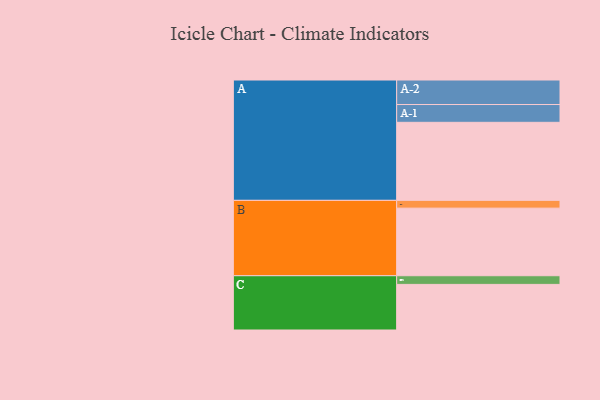
{"axis": {"x": "Segment", "y": "Value"}, "legend": ["", "A", "B", "C"], "data": [{"x": "A", "y": 522, "type": ""}, {"x": "B", "y": 452, "type": ""}, {"x": "C", "y": 305, "type": ""}, {"x": "A-1", "y": 119, "type": "A"}, {"x": "A-2", "y": 164, "type": "A"}, {"x": "B-1", "y": 52, "type": "B"}, {"x": "C-1", "y": 58, "type": "C"}]}